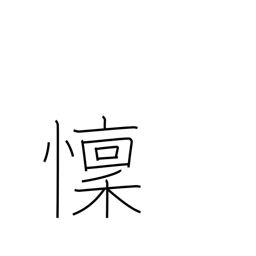
Meaning: fear